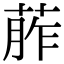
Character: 葄